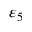
\varepsilon _ { 5 }